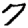
Digit: 7